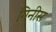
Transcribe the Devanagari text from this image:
गिनीस